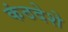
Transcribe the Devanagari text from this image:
कंठदेशे